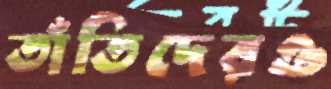
তাঁতিদেরও